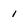
Character: I